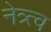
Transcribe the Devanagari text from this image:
नेत्र्त्व